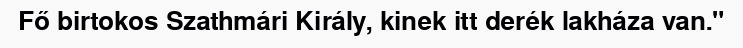
Fő birtokos Szathmári Király, kinek itt derék lakháza van."